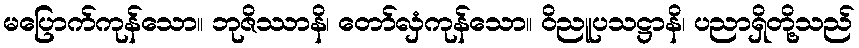
မပြောက်ကုန်သော။ ဘုဇိဿာနိ၊ တော်လှံကုန်သော။ ဝိညူပသဋ္ဌာနိ၊ ပညာရှိတို့သည်